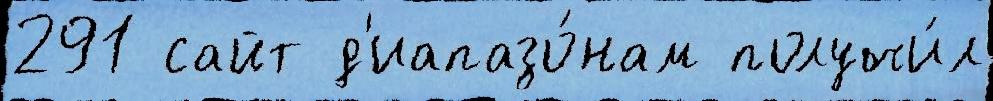
291 сайт д'иапазо́нам получи́л